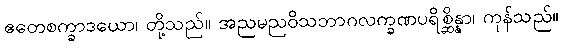
ဧတေစက္ခာဒယော၊ တို့သည်။ အညမညဝိသဘာဂလက္ခဏပရိစ္ဆိန္နာ၊ ကုန်သည်။